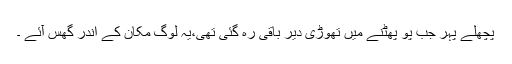
پچھلے پہر جب پو پھٹنے میں تھوڑی دیر باقی رہ گئی تھی،یہ لوگ مکان کے اندر گھس آئے ۔